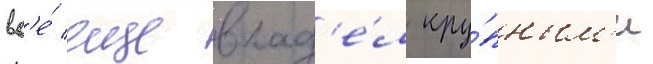
вс'е́ еще влад'е́л кру́пным'и